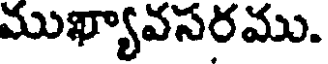
ముఖ్యావసరము.